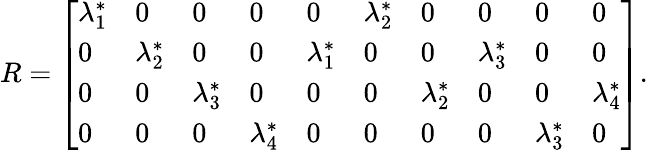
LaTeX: \begin{array}{r}{R=\left[\begin{array}{llllllllll}{\lambda_{1}^{*}}&{0}&{0}&{0}&{0}&{\lambda_{2}^{*}}&{0}&{0}&{0}&{0}\\ {0}&{\lambda_{2}^{*}}&{0}&{0}&{\lambda_{1}^{*}}&{0}&{0}&{\lambda_{3}^{*}}&{0}&{0}\\ {0}&{0}&{\lambda_{3}^{*}}&{0}&{0}&{0}&{\lambda_{2}^{*}}&{0}&{0}&{\lambda_{4}^{*}}\\ {0}&{0}&{0}&{\lambda_{4}^{*}}&{0}&{0}&{0}&{0}&{\lambda_{3}^{*}}&{0}\end{array}\right].}\end{array}